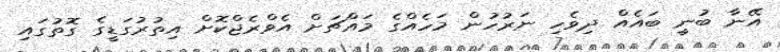
އޭނާ ބުނީ ބައެއް ދިވެހި ނަރުހުން މަހެއްގެ މައްޗަށް އެވްރެޖްކޮށް އިތުރުގަޑީގެ ގޮތުގައި